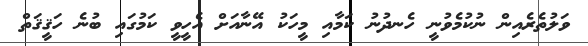
ވަލުތެރެއިން ނުކުމެވުނީ ހެނދުނު ކަމާއި މީހަކު އޭނާއަށް އެހީވީ ކަމުގައި ބުނެ ހަޤީޤަތް